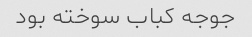
جوجه کباب سوخته بود